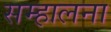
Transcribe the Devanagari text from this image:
सम्हालना